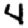
Digit: 4